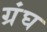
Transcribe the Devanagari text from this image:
ग्रंघ